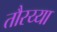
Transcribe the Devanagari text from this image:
तौरय्या